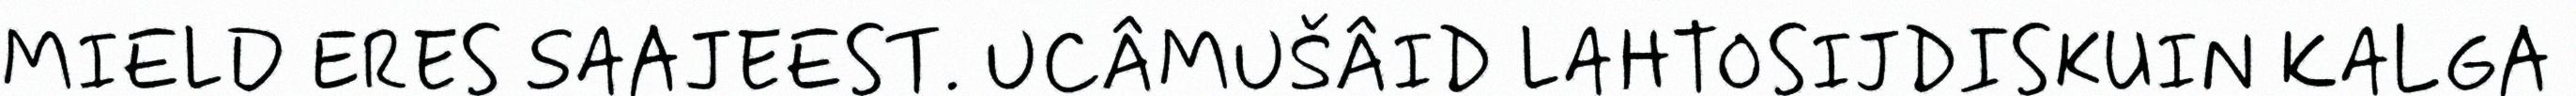
MIELD ERES SAAJEEST. UCÂMUŠÂID LAHTOSIJDISKUIN KALGA